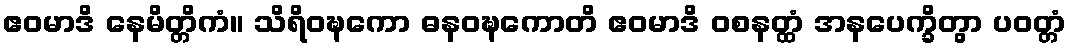
ဧဝမာဒိ နေမိတ္တိကံ။ သိရိဝဍ္ဎကော ဓနဝဍ္ဎကောတိ ဧဝမာဒိ ဝစနတ္ထံ အနပေက္ခိတွာ ပဝတ္တံ